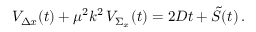
{ \cal V } _ { \Delta x } ( t ) + \mu ^ { 2 } k ^ { 2 } \, { \cal V } _ { \Sigma _ { x } } ( t ) = 2 D t + { \cal \tilde { S } } ( t ) \, .